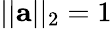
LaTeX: ||{\textbf{a}}||_{2}=1